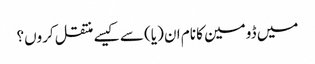
میں ڈومین کا نام ان (یا) سے کیسے منتقل کروں؟